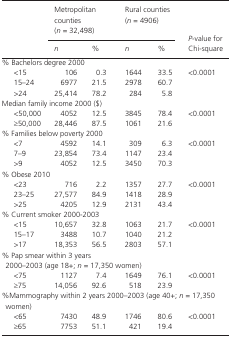
<table><thead><tr><td rowspan="2"></td><td colspan="2"><b>Metropolitan counties (<i>n</i> = 32,498)</b></td><td colspan="2"><b>Rural counties (<i>n</i> = 4906)</b></td><td rowspan="2"><b><i>P</i>‐value for Chi‐square</b></td></tr><tr><td><b><i>n</i></b></td><td><b>%</b></td><td><b><i>n</i></b></td><td><b>%</b></td></tr></thead><tbody><tr><td colspan="6">% Bachelors degree 2000</td></tr><tr><td>&lt;15</td><td>106</td><td>0.3</td><td>1644</td><td>33.5</td><td rowspan="3">&lt;0.0001</td></tr><tr><td>15–24</td><td>6977</td><td>21.5</td><td>2978</td><td>60.7</td></tr><tr><td>&gt;24</td><td>25,414</td><td>78.2</td><td>284</td><td>5.8</td></tr><tr><td colspan="6">Median family income 2000 ($)</td></tr><tr><td>&lt;50,000</td><td>4052</td><td>12.5</td><td>3845</td><td>78.4</td><td rowspan="2">&lt;0.0001</td></tr><tr><td>≥50,000</td><td>28,446</td><td>87.5</td><td>1061</td><td>21.6</td></tr><tr><td colspan="6">% Families below poverty 2000</td></tr><tr><td>&lt;7</td><td>4592</td><td>14.1</td><td>309</td><td>6.3</td><td rowspan="3">&lt;0.0001</td></tr><tr><td>7–9</td><td>23,854</td><td>73.4</td><td>1147</td><td>23.4</td></tr><tr><td>&gt;9</td><td>4052</td><td>12.5</td><td>3450</td><td>70.3</td></tr><tr><td colspan="6">% Obese 2010</td></tr><tr><td>&lt;23</td><td>716</td><td>2.2</td><td>1357</td><td>27.7</td><td rowspan="3">&lt;0.0001</td></tr><tr><td>23–25</td><td>27,577</td><td>84.9</td><td>1418</td><td>28.9</td></tr><tr><td>&gt;25</td><td>4205</td><td>12.9</td><td>2131</td><td>43.4</td></tr><tr><td colspan="6">% Current smoker 2000‐2003</td></tr><tr><td>&lt;15</td><td>10,657</td><td>32.8</td><td>1063</td><td>21.7</td><td rowspan="3">&lt;0.0001</td></tr><tr><td>15–17</td><td>3488</td><td>10.7</td><td>1040</td><td>21.2</td></tr><tr><td>&gt;17</td><td>18,353</td><td>56.5</td><td>2803</td><td>57.1</td></tr><tr><td colspan="6">% Pap smear within 3 years2000–2003 (age 18+; <i>n</i> = 17,350 women)</td></tr><tr><td>&lt;75</td><td>1127</td><td>7.4</td><td>1649</td><td>76.1</td><td rowspan="2">&lt;0.0001</td></tr><tr><td>≥75</td><td>14,056</td><td>92.6</td><td>518</td><td>23.9</td></tr><tr><td colspan="6">%Mammography within 2 years 2000–2003 (age 40+; <i>n</i> = 17,350 women)</td></tr><tr><td>&lt;65</td><td>7430</td><td>48.9</td><td>1746</td><td>80.6</td><td rowspan="2">&lt;0.0001</td></tr><tr><td>≥65</td><td>7753</td><td>51.1</td><td>421</td><td>19.4</td></tr></tbody></table>